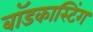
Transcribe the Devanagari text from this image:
बॉडकास्टिंग